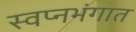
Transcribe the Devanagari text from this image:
स्वप्नभंगात